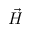
\vec { H }